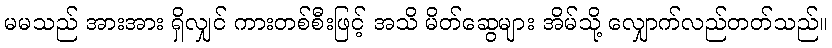
မမသည် အားအား ရှိလျှင် ကားတစ်စီးဖြင့် အသိ မိတ်ဆွေများ အိမ်သို့ လျှောက်လည်တတ်သည်။